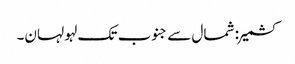
کشمیر: شمال سے جنوب تک لہو لہان۔